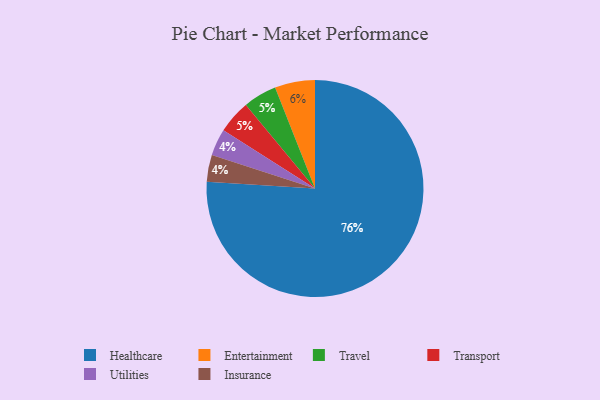
{"axis": {"x": "Category", "y": "Percentage"}, "legend": ["Entertainment", "Healthcare", "Insurance", "Transport", "Travel", "Utilities"], "data": [{"x": "Travel", "y": 5, "type": "Travel"}, {"x": "Entertainment", "y": 6, "type": "Entertainment"}, {"x": "Transport", "y": 5, "type": "Transport"}, {"x": "Utilities", "y": 4, "type": "Utilities"}, {"x": "Insurance", "y": 4, "type": "Insurance"}, {"x": "Healthcare", "y": 76, "type": "Healthcare"}]}